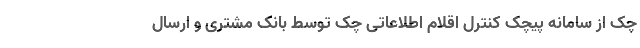
چک از سامانه پیچک کنترل اقلام اطلاعاتی چک توسط بانکِ مشتری و ارسال